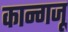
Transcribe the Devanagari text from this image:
कान्गजू